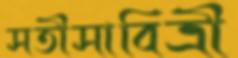
সতীসাবিত্রী